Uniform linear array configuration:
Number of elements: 24
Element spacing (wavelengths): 0.75
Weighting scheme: uniform
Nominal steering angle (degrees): -60
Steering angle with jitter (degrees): -58.593
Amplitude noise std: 0.05
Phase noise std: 0.05

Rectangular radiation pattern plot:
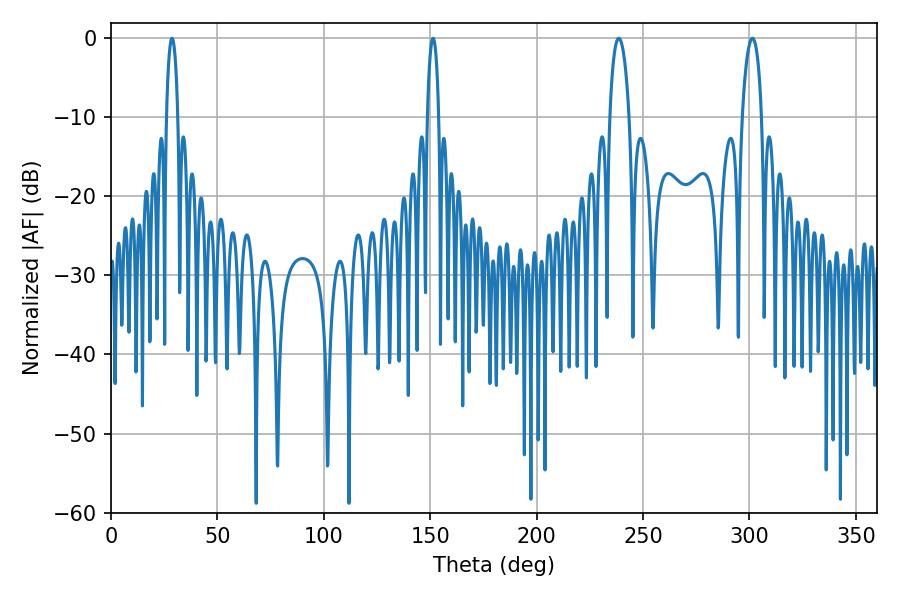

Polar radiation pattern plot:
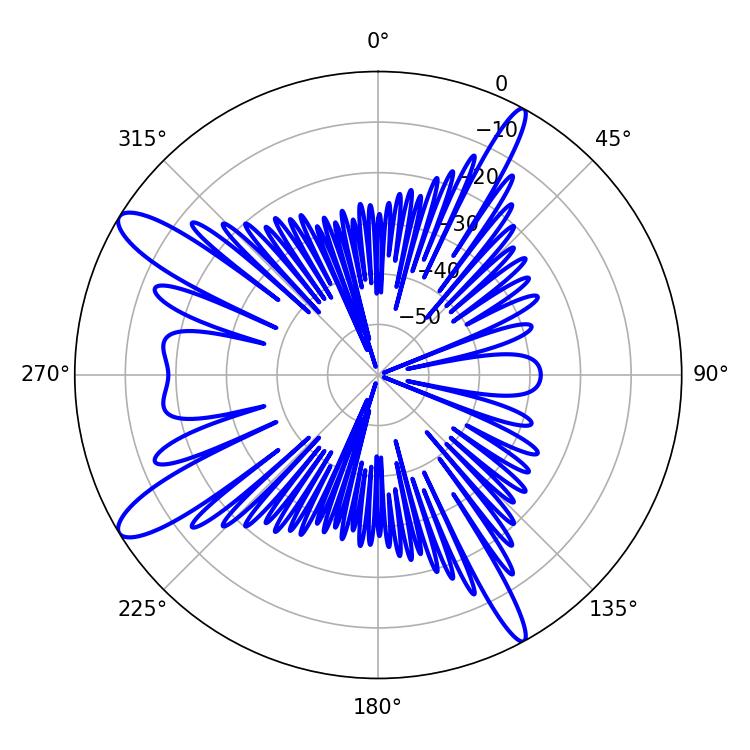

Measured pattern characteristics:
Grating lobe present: TRUE
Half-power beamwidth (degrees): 5.22
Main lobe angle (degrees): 301.32